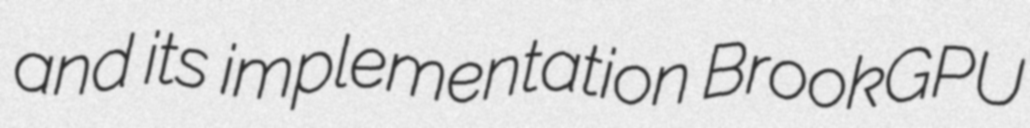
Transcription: and its implementation BrookGPU